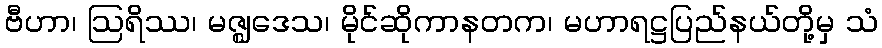
ဗီဟာ၊ ဩရိဿ၊ မဇ္ဈဒေသ၊ မိုင်ဆိုကာနတက၊ မဟာရဋ္ဌပြည်နယ်တို့မှ သံ